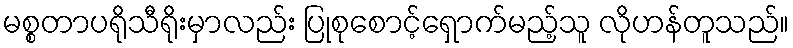
မစ္စတာပရိုသီရိုးမှာလည်း ပြုစုစောင့်ရှောက်မည့်သူ လိုဟန်တူသည်။